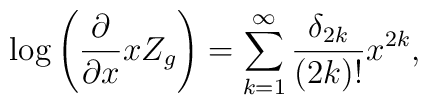
\log\left(\frac{\partial}{\partial x}xZ_g\right)=\sum_{k=1}^\infty\frac{\delta_{2k}}{(2k)!}x^{2k},